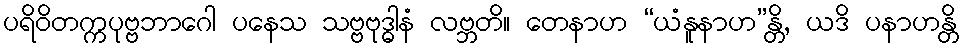
ပရိဝိတက္ကပုဗ္ဗဘာဂေါ ပနေသ သဗ္ဗဗုဒ္ဓါနံ လဗ္ဘတိ။ တေနာဟ “ယံနူနာဟ”န္တိ, ယဒိ ပနာဟန္တိ